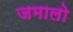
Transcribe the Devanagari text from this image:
जमालो